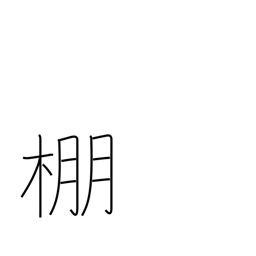
Meaning: trellis